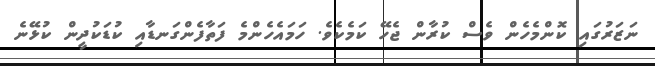
ނަޒަރުގައި ކޮންމެހެން ވެސް ކުރާން ޖެހޭ ކަމެކެވެ. ހަމައެހެންމެ ފަތާފެންގަނޑާއި ކުޑަކުދީން ކުޅޭނެ